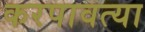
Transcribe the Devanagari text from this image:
करपावत्या